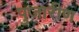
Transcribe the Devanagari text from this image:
पुजारीण